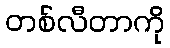
တစ်လီတာကို